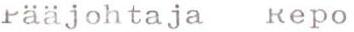
Pääjohtaja  Repo